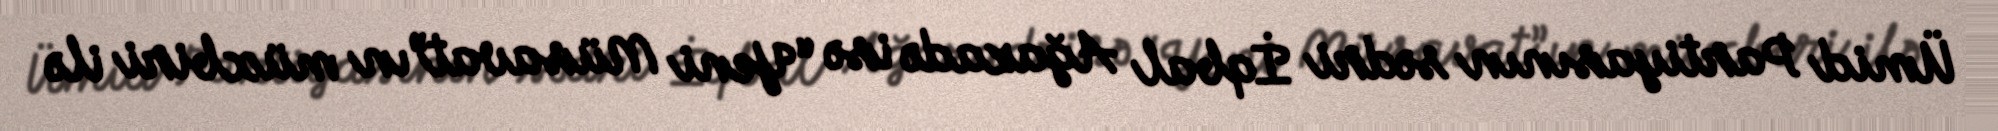
Ümid Partiyasının sədri İqbal Ağazadə isə “Yeni Müsavat”ın müxbiri ilə